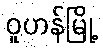
ဝူဟန်မြို့